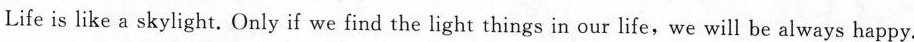
Life is like a skylight. Only if we find thelight things in our life, we will be always happy.